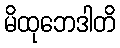
မိထုဘေဒါတိ